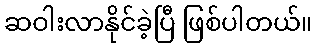
ဆဝါးလာနိုင်ခဲ့ပြီ ဖြစ်ပါတယ်။